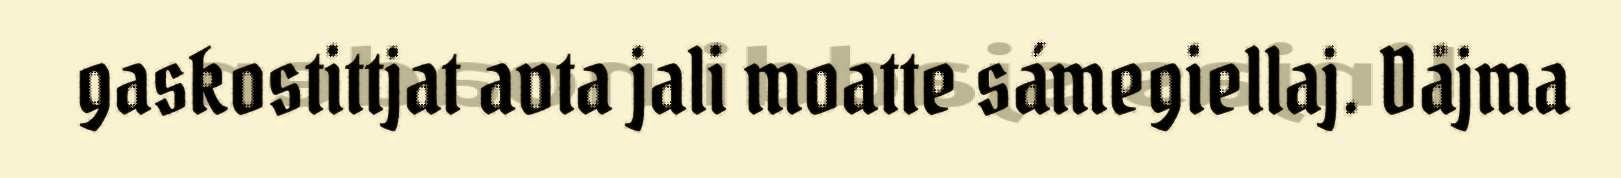
gaskostittjat avta jali moatte sámegiellaj. Dåjma